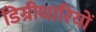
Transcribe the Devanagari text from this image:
डिग्रीधारियों